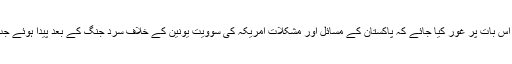
ان کا کہنا تھا کہ پاکستان پر الزامات لگانے سے پہلے اس بات پر غور کیا جائے کہ پاکستان کے مسائل اور مشکلات امریکہ کی سوویت یونین کے خلاف سرد جنگ کے بعد پیدا ہوئے جب پاکستان کو امریکہ نے بحیثیت آلۂ کار استعمال کیا۔